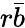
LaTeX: r{\bar{b}}